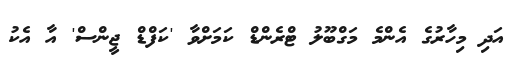
އަދި މިހާރުގެ އެންމެ މަގްބޫލު ޓްރެންޑް ކަމަށްވާ 'ކަފްޑް ޖީންސް' އާ އެކު